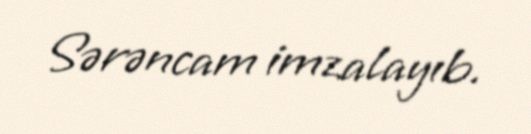
Sərəncam imzalayıb.